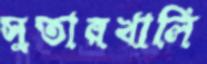
সুতারখালি